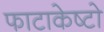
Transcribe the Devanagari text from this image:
फाटाकेष्टो